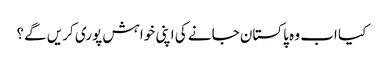
کیا اب وہ پاکستان جانے کی اپنی خواہش پوری کریں گے؟